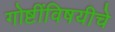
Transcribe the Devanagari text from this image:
गोष्टींविषयीचे